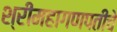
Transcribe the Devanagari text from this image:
श्रीमहागणपतीचे